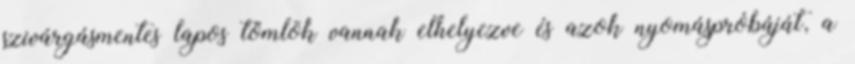
szivárgásmentes lapos tömlõk vannak elhelyezve és azok nyomáspróbáját, a